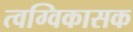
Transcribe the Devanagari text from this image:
त्वग्विकासक